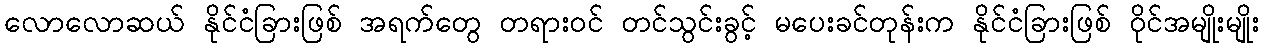
လောလောဆယ် နိုင်ငံခြားဖြစ် အရက်တွေ တရားဝင် တင်သွင်းခွင့် မပေးခင်တုန်းက နိုင်ငံခြားဖြစ် ဝိုင်အမျိုးမျိုး